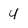
Character: 4